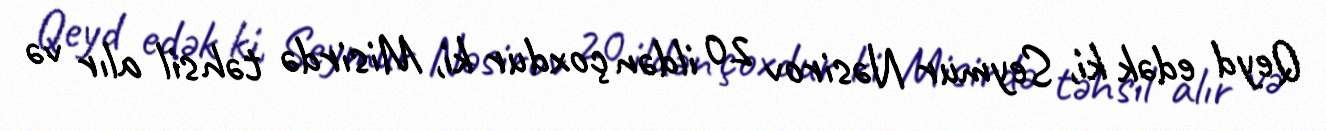
Qeyd edək ki, Seymur Nəsirov 20 ildən çoxdur ki, Misirdə təhsil alır və